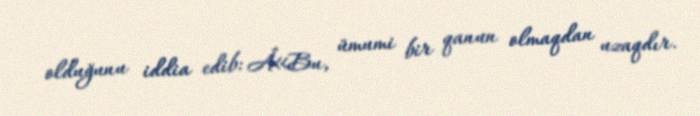
olduğunu iddia edib: Â«Bu, ümumi bir qanun olmaqdan uzaqdır.